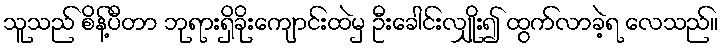
သူသည် စိန့်ပီတာ ဘုရားရှိခိုးကျောင်းထဲမှ ဦးခေါင်းလျှိုး၍ ထွက်လာခဲ့ရ လေသည်။